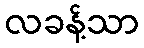
လခန့်သာ